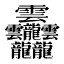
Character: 𱁬